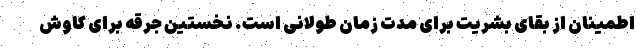
اطمینان از بقای بشریت برای مدت زمان طولانی است. نخستین جرقه برای کاوش